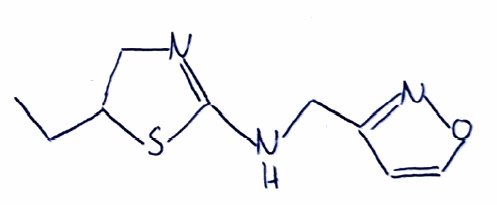
Simplified molecular-input line-entry system (SMILES) notation of the given molecule:
CCC1CN=C(S1)NCC2=NOC=C2